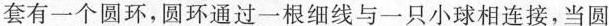
套有一个圆环，圆环通过一根细线与一只小球相连接，当圆